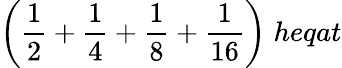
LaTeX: {\bigg(}{\frac{1}{2}}+{\frac{1}{4}}+{\frac{1}{8}}+{\frac{1}{16}}{\bigg)}\; heqat